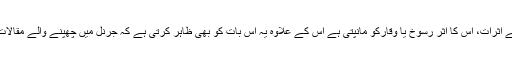
اس حوالے سے SCImago کی تحقیقی جرنلز کی رینکنگ 2017 میں ( جو جرنل کے اثرات، اس کا اثر رسوخ یا وقارکو مانپتی ہے اس کے علاوہ یہ اس بات کو بھی ظاہر کرتی ہے کہ جرنل میں چھپنے والے مقالات کو کتنا حوالہ جات کے طور پر استعمال کیا گیا ) 34171 جرنلزکوشامل کیا گیا ہے۔